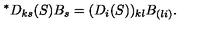
{ } ^ { \ast } D _ { k s } ( S ) B _ { s } = ( D _ { i } ( S ) ) _ { k l } B _ { ( l i ) } .